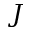
J